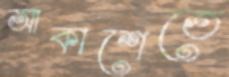
আকাশেতে